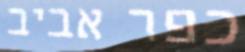
כפר אביב